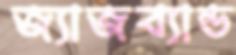
জ্যাজব্যান্ড